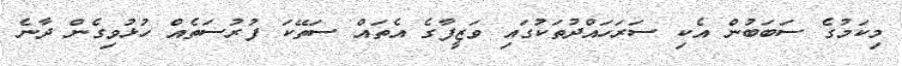
މިކަމުގެ ސަބަބުން އެކި ސަރަހައްދުތަކުގައި ވަޒީފާގެ އެތައް ސަތޭކަ ފުރުސަތެއް ހުޅުވިގެން ދާނެ